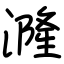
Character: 漋